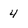
Character: 4